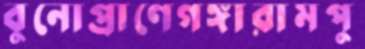
বুনোপ্রাণেগঙ্গারামপু